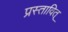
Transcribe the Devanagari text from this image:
प्रस्तावित्